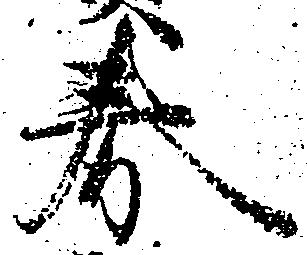
券